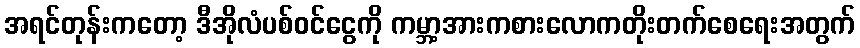
အရင်တုန်းကတော့ ဒီအိုလံပစ်ဝင်ငွေကို ကမ္ဘာ့အားကစားလောကတိုးတက်စေရေးအတွက်